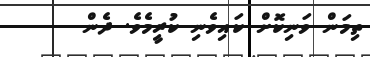
ތިމަން ވަނިކޮށް ކައިވެނި ކުރީމެވެ. ދެން